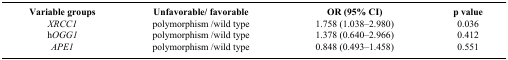
| Variable groups | Unfavorable/ favorable | OR (95% CI) | p value |
 | --- | --- | --- | --- |
 | XRCC1 | polymorphism /wild type | 1.758 (1.038–2.980) | 0.036 |
 | hOGG1 | polymorphism /wild type | 1.378 (0.640–2.966) | 0.412 |
 | APE1 | polymorphism /wild type | 0.848 (0.493–1.458) | 0.551 |